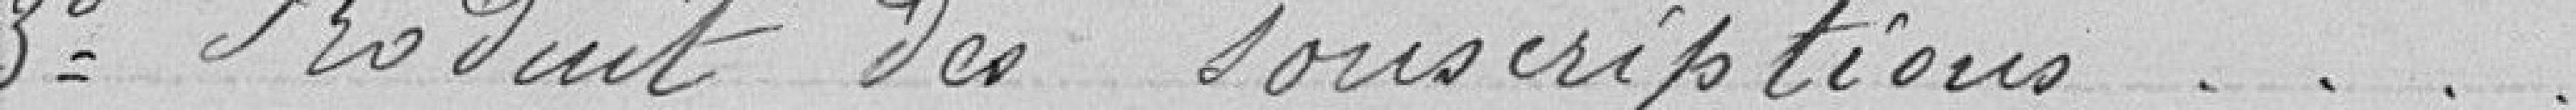
3 Produit des souscriptions